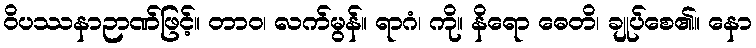
ဝိပဿနာဉာဏ်ဖြင့်။ တာဝ၊ လက်မွန်။ ရာဂံ၊ ကို။ နိရော ဓေတိ၊ ချုပ်စေ၏။ နော